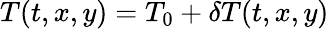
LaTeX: T(t,x,y)=T_{0}+\delta T(t,x,y)